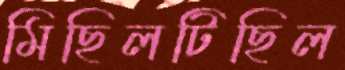
মিছিলটিছিল